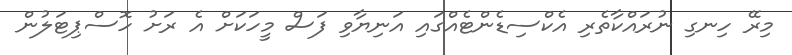
މިރޭ ހިނގި ނުރައްކާތެރި އެކްސިޑެންޓެއްގައި އަނިޔާވި ފަސް މީހަކަށް އެ ރަށު ހޮސްޕިޓަލުން